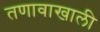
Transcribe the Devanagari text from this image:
तणावाखाली